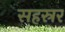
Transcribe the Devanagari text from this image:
सहस्रर